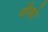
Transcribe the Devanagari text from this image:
मीको